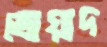
ভোয়াদ